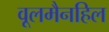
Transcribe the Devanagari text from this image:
वूलमैनहिल